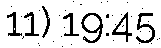
11) 19:45